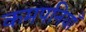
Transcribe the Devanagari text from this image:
कमपनियाँ